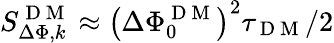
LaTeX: S_{\Delta\Phi,k}^{\mathrm{~D~M~}}\approx\left(\Delta\Phi_{0}^{\mathrm{~D~M~}}\right)^{2}\tau_{\mathrm{~D~M~}}/2